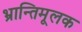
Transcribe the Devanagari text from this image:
भ्रान्तिमूलक